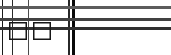
١٢